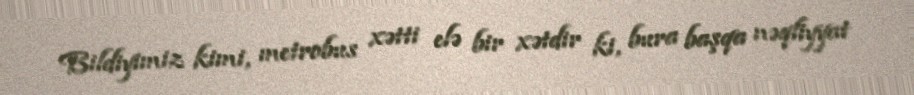
Bildiyimiz kimi, metrobus xətti elə bir xətdir ki, bura başqa nəqliyyat